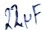
Text: 22µF